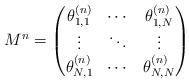
LaTeX: \begin{align*}M^n=\begin{pmatrix}\theta^{(n)}_{1,1} & \cdots & \theta^{(n)}_{1,N} \\\vdots & \ddots & \vdots \\\theta^{(n)}_{N,1} & \cdots & \theta^{(n)}_{N,N} \\\end{pmatrix}\end{align*}